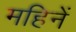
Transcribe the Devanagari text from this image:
महिनें